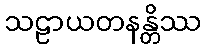
သဠာယတနန္တိဿ